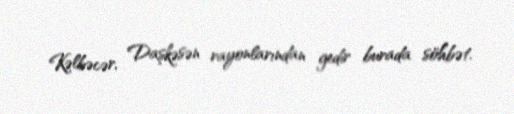
Kəlbəcər, Daşkəsən rayonlarından gedir burada söhbət.